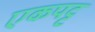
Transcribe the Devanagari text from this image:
एकपट्ट